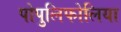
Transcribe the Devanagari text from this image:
पोपुलिफोलिया